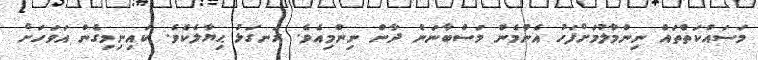
މަސައްކަތްތައް ނިންމާލުމަށްފަހު އެންމެން މަސްބާނަން ދާން ނިންމިއެވެ. ރަނގަޅު ޙިޔާލެކެވެ. ކައިނިމިގެން އަވަހަށް